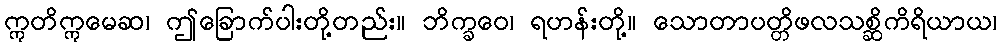
ဣတိဣမေဆ၊ ဤခြောက်ပါးတို့တည်း။ ဘိက္ခဝေ၊ ရဟန်းတို့။ သောတာပတ္တိဖလသစ္ဆိကိရိယာယ၊